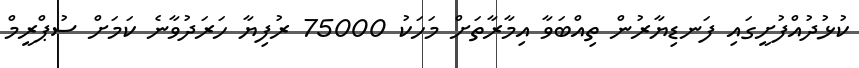
ކުޅުދުއްފުށީގައި ފަނޑިޔާރުން ތިއްބަވާ އިމާރާތަށް މަހަކު 75000 ރުފިޔާ ހަރަދުވާނެ ކަމަށް ސުޕްރީމް